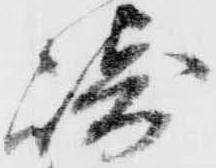
崎